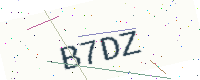
Text: B7DZ